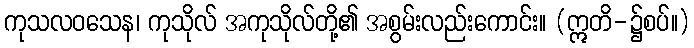
ကုသလဝသေန၊ ကုသိုလ် အကုသိုလ်တို့၏ အစွမ်းလည်းကောင်း။ (ဣတိ-၌စပ်။)